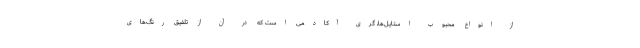
از انواع محبوب استایل‌ها، گری آکادمی است که در آن از تلفیق رنگ‌های